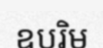
ឧបរិម